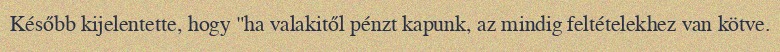
Később kijelentette, hogy "ha valakitől pénzt kapunk, az mindig feltételekhez van kötve.